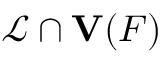
{ \mathcal { L } } \cap { \mathbf { V } } ( F )